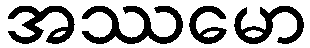
အဿမော